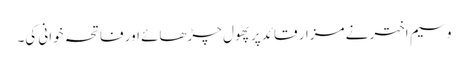
وسیم اختر نے مزار قائد پر پھول چڑھائے اور فاتحہ خوانی کی۔